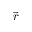
\overrightarrow { r }